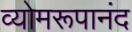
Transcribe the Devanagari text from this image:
व्योमरूपानंद